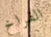
الفراخ